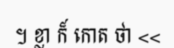
។ ខ្លា ក៏ កោត ថា <<